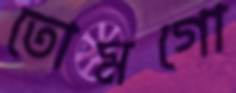
তোমগো